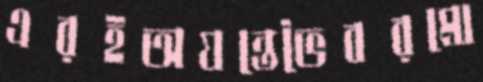
এরইঅযন্তেভৈবরমো